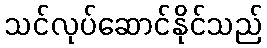
သင်လုပ်ဆောင်နိုင်သည်